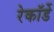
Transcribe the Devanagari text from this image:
रेकॉर्डे